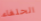
الحلفاء